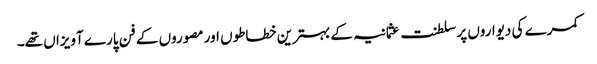
کمرے کی دیواروں پر سلطنت عثمانیہ کے بہترین خطاطوں اور مصوروں کے فن پارے آویزاں تھے۔